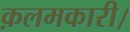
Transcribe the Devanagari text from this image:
क़लमकारी।